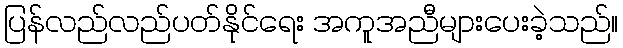
ပြန်လည်လည်ပတ်နိုင်ရေး အကူအညီများပေးခဲ့သည်။